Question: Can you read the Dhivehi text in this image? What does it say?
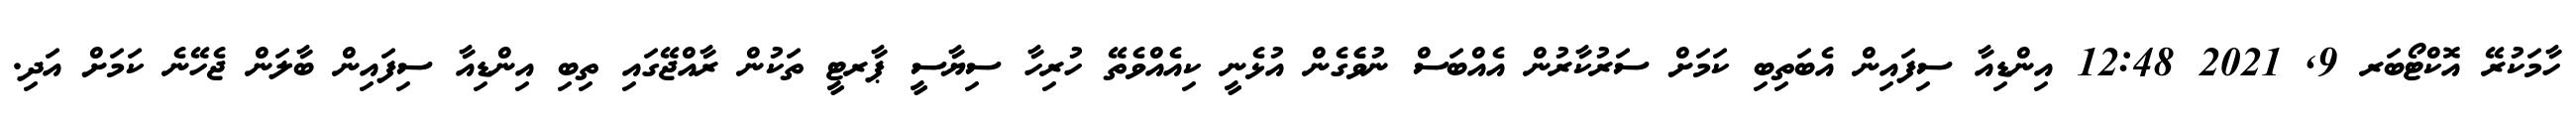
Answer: ހާމަކުރޭ އޮކްޓޯބަރ 9, 2021 12:48 އިންޑިއާ ސިފައިން އެބަތިބި ކަމަށް ސަރުކާރުން އެއްބަސް ނުވެެގެން އުޅެނީ ކިއެއްވެތޭ ހުރިހާ ސިޔާސީ ޕާރޓީ ތަކުން ރާއްޖޭގައި ތިބި އިންޑިއާ ސިފައިން ބާލަން ޖެހޭނެ ކަމަށް އަދި.